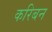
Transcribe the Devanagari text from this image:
करिबन